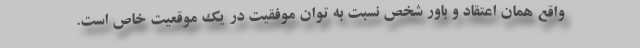
واقع همان اعتقاد و باور شخص نسبت به توان موفقیت در یک موقعیت خاص است.